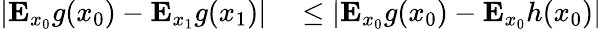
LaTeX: \begin{array}{rl}{|\mathbf{E}_{x_{0}}g(x_{0})-\mathbf{E}_{x_{1}}g(x_{1})|}&{{}\leq|\mathbf{E}_{x_{0}}g(x_{0})-\mathbf{E}_{x_{0}}h(x_{0})|}\end{array}